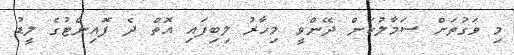
މި ވަގުތަށް ސަމާލުކަން ދޭންވީ މިހާރު ލިބިފައި އޮތް ދެ ޕޮއިންޓުގެ ލީޑު